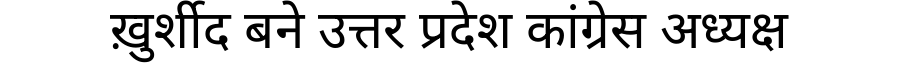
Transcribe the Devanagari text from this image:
ख़ुर्शीद बने उत्तर प्रदेश कांग्रेस अध्यक्ष